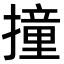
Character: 撞